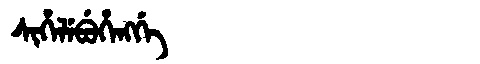
Manchu: ᠰᡳᡥᡝᠯᡝᠪᡠᡥᡝᠩᡤᡝ
Romanization: SIHELEBUHENGGE